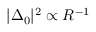
| \Delta _ { 0 } | ^ { 2 } \propto R ^ { - 1 }